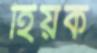
হিয়ক